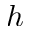
h